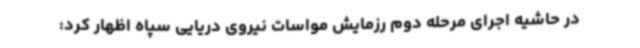
در حاشیه اجرای مرحله دوم رزمایش مواسات نیروی دریایی سپاه اظهار کرد: